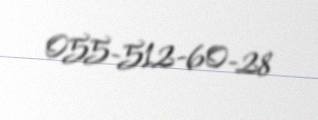
055-512-60-28